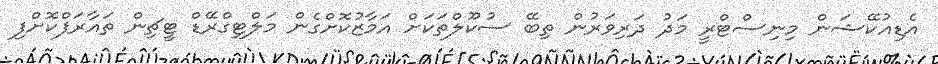
އެޑިއުކޭޝަން މިނިސްޓްރީ މަދު ދަރިވަރުން ތިބޭ ސުކޫލްތަކަށް އަމާޒުކޮށްގެން މަލްޓިގްރޭޑް ޓީޗިން ތައާރަފްކޮށްފި